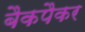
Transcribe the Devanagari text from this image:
बैकपैकर